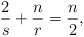
LaTeX: \begin{align*}\frac{2}{s}+\frac{n}{r}=\frac{n}{2},\end{align*}